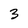
Character: 3